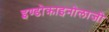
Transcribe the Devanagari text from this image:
इण्डोक्राइनोलाजी